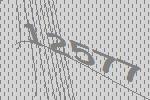
12577